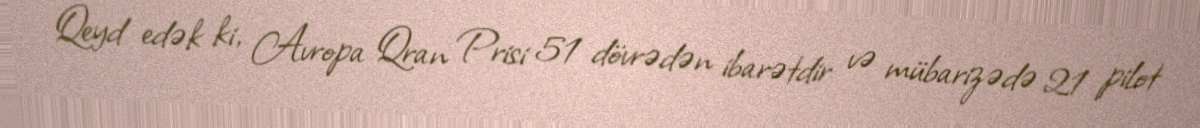
Qeyd edək ki, Avropa Qran Prisi 51 dövrədən ibarətdir və mübarizədə 21 pilot